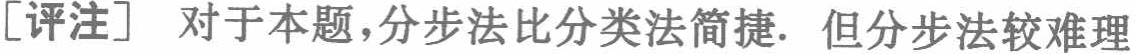
[评注] 对于本题,分步法比分类法简捷. 但分步法较难理